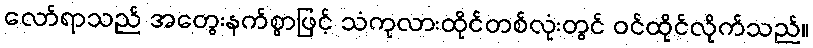
လော်ရာသည် အတွေးနက်စွာဖြင့် သံကုလားထိုင်တစ်လုံးတွင် ဝင်ထိုင်လိုက်သည်။